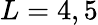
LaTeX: L=4,5